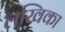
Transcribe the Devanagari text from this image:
लखिका